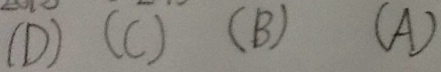
( D ) ( C ) ( B ) ( A )